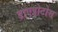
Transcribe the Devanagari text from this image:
डाएप्रोटोस